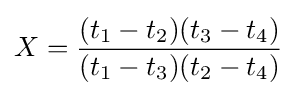
X={\frac {(t_{1}-t_{2})(t_{3}-t_{4})}{(t_{1}-t_{3})(t_{2}-t_{4})}}